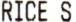
RICE S